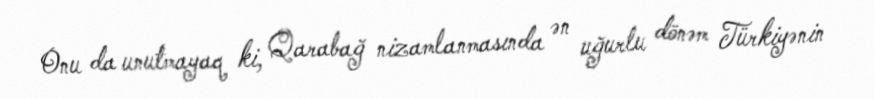
Onu da unutmayaq ki, Qarabağ nizamlanmasında ən uğurlu dönəm Türkiyənin